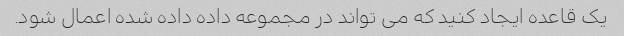
یک قاعده ایجاد کنید که می تواند در مجموعه داده داده شده اعمال شود.